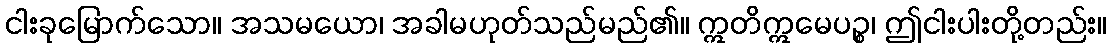
ငါးခုမြောက်သော။ အသမယော၊ အခါမဟုတ်သည်မည်၏။ ဣတိဣမေပဉ္စ၊ ဤငါးပါးတို့တည်း။